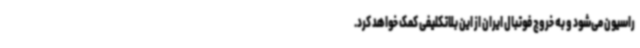
راسیون می‌شود و به خروج فوتبال ایران از این بلاتکلیفی کمک خواهد کرد.